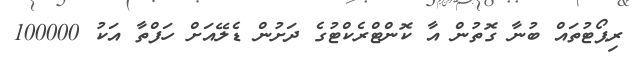
ރިޕޯޓުތައް ބުނާ ގޮތުން އާ ކޮންޓްރެކްޓުގެ ދަށުން ޑެލޭއަށް ހަފްތާ އަކު 100000